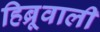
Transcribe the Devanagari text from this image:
हिब्रूवाली